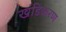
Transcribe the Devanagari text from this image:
खंडिकरण